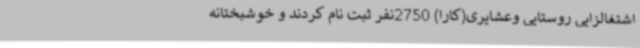
اشتغالزایی روستایی وعشایری(کارا) 2750نفر ثبت نام کردند و خوشبختانه